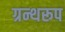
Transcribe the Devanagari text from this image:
ग्रन्थरूप